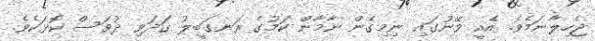
ޖެހިލާނަމެވެ. އެއީ ވޭނުގައި ނިމިގެން ނާމާން ކަމުގެ ރަނގަބީލު ގަދަވި ދުވަސް ކޮޅަކެވެ.